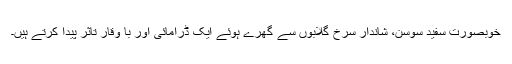
خوبصورت سفید سُوسن، شاندار سرخ گلابوں سے گِھرے ہوئے ایک ڈرامائی اور با وقار تاثر پیدا کرتے ہیں۔